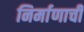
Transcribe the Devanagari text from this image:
निर्माणाची